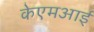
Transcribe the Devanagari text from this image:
केएमआई